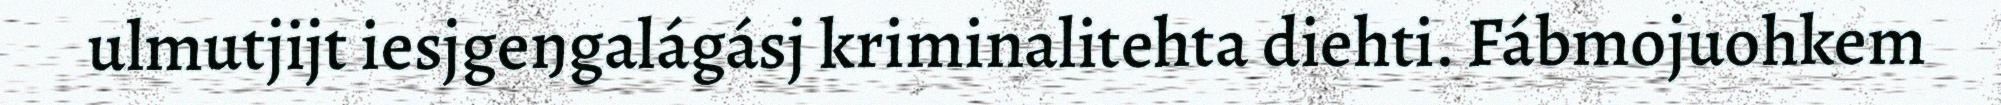
ulmutjijt iesjgeŋgalágásj kriminalitehta diehti. Fábmojuohkem